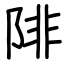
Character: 陫